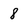
Character: 8